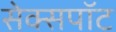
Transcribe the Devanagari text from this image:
सेक्सपॉट